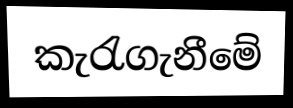
කැරැගැනීමේ